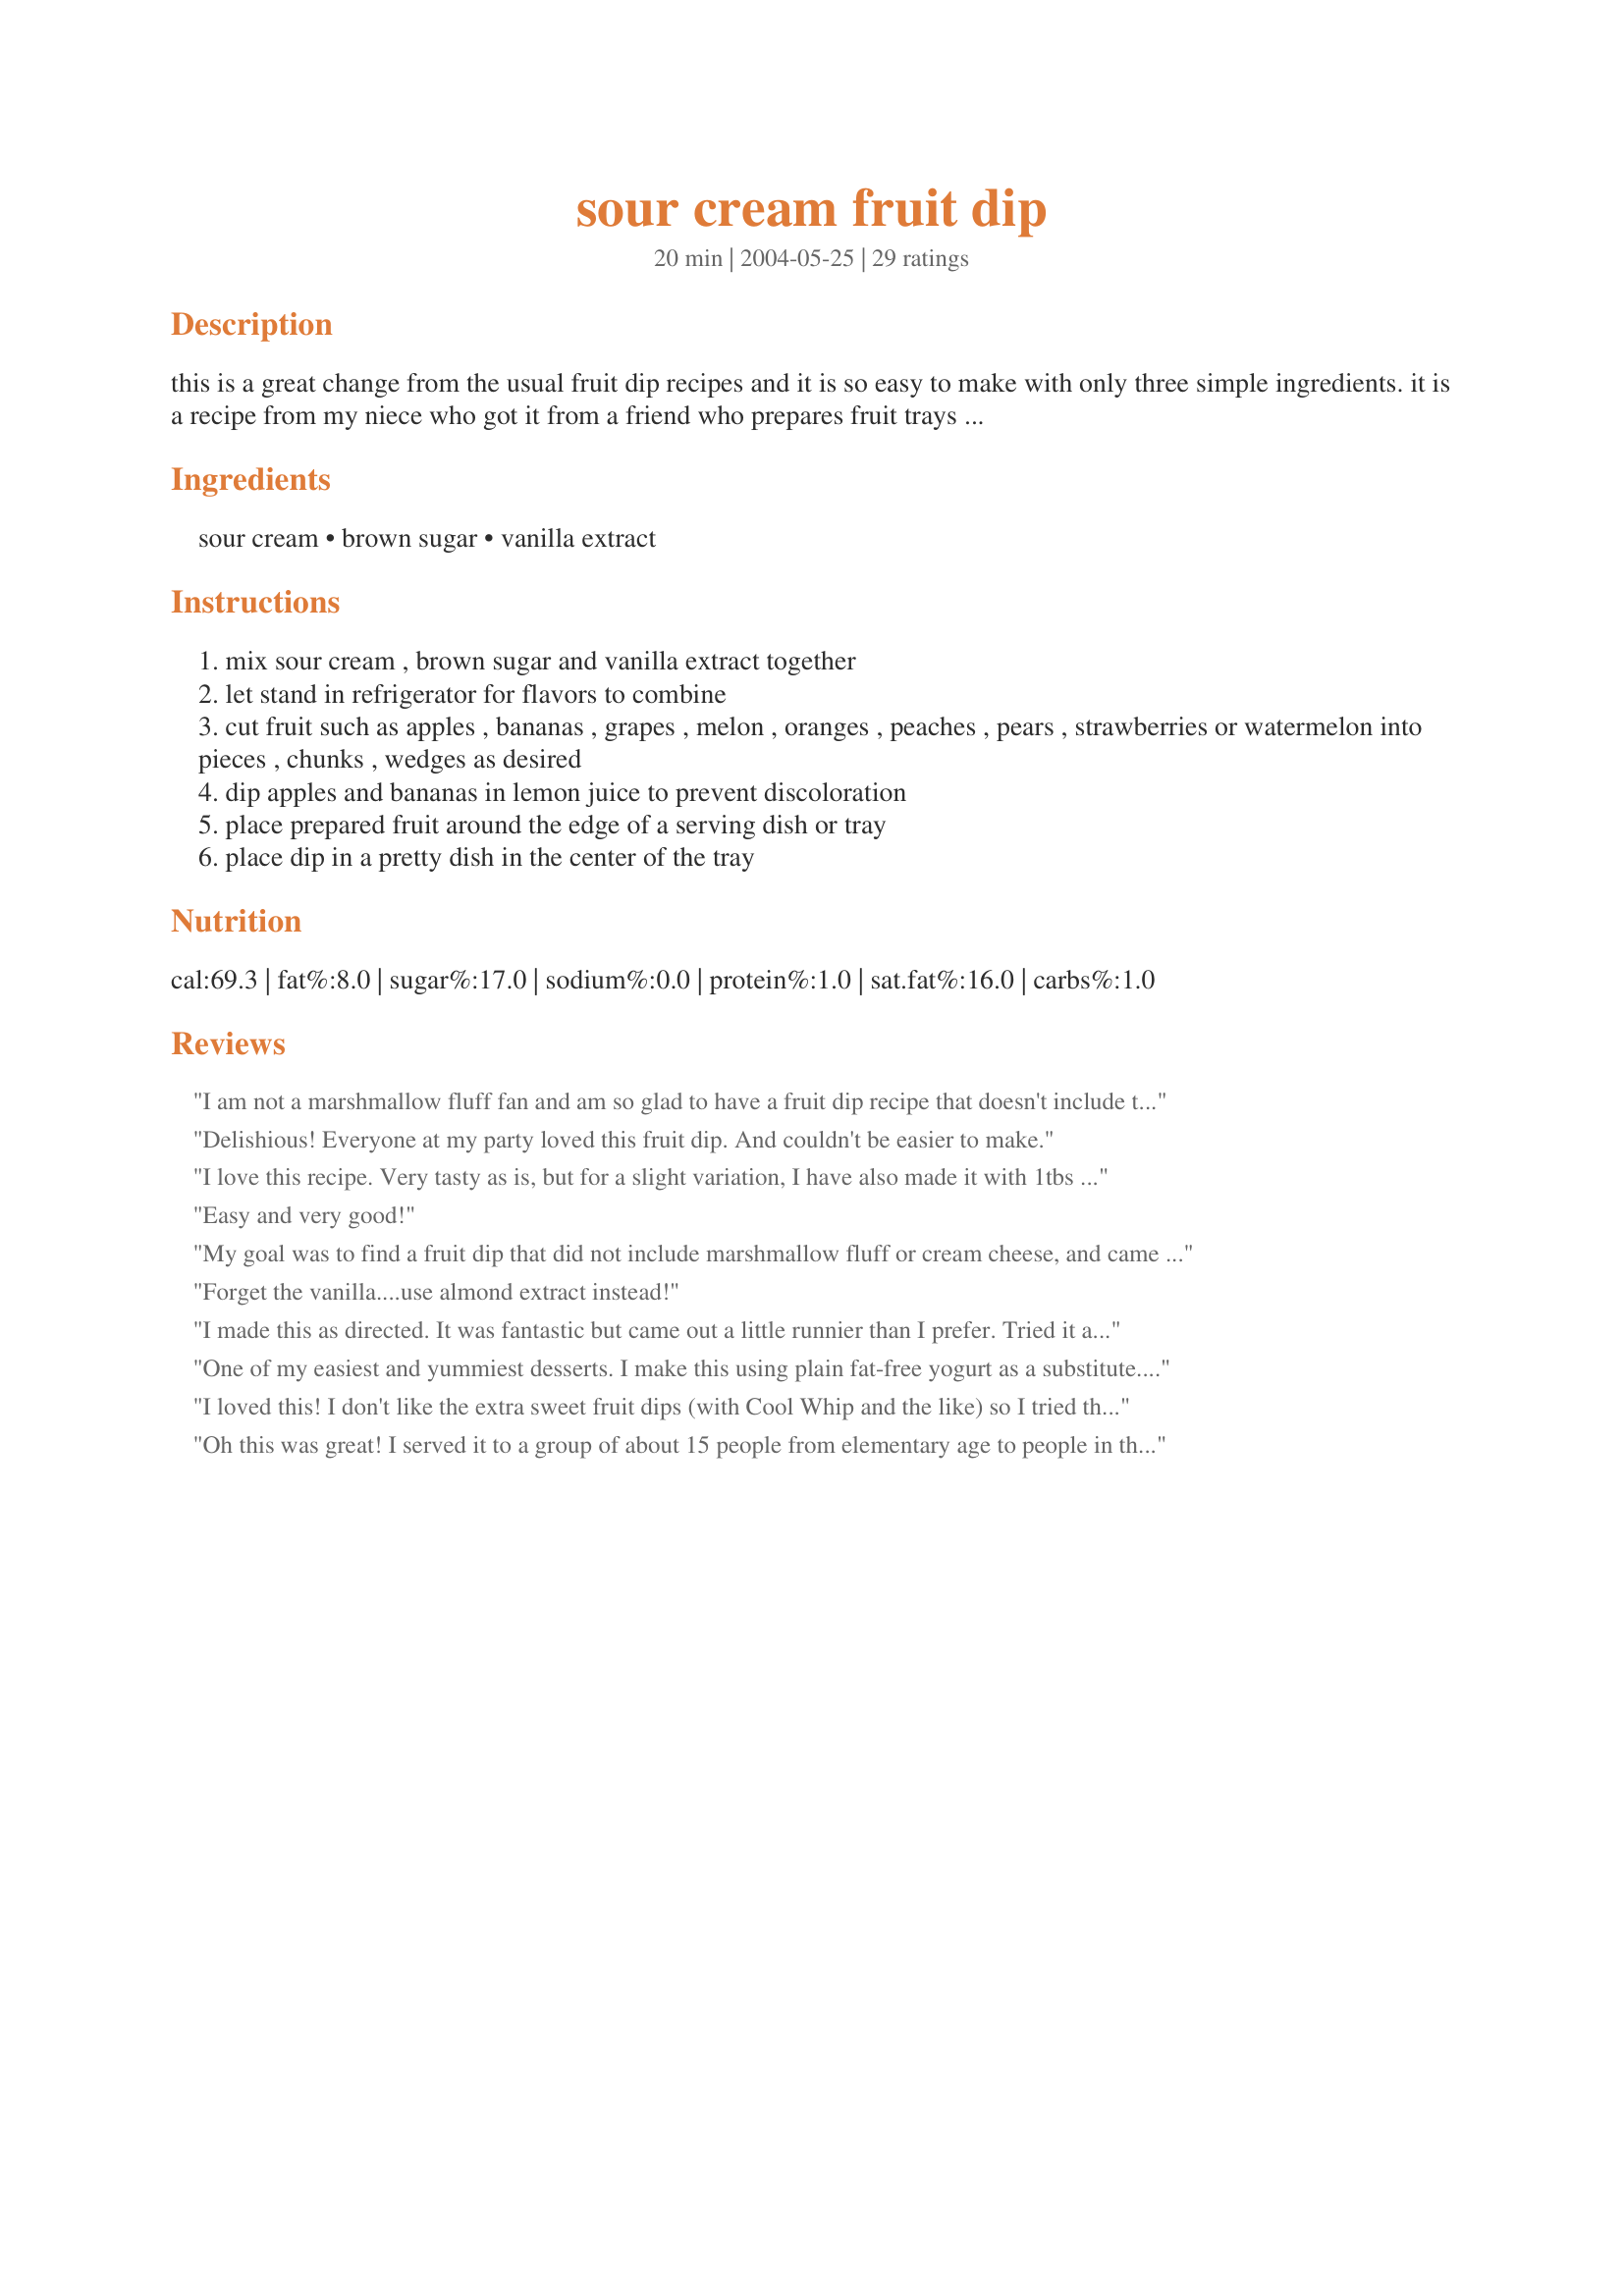
sour cream fruit dip
Preparation time: 20 minutes

this is a great change from the usual fruit dip recipes and it is so easy to make with only three simple ingredients. it is a recipe from my niece who got it from a friend who prepares fruit trays for a major grocery store. the preparation time is an estimate of the time it takes to prepare the fruit.

Ingredients:
sour cream, brown sugar, vanilla extract

Steps:
mix sour cream , brown sugar and vanilla extract together
let stand in refrigerator for flavors to combine
cut fruit such as apples , bananas , grapes , melon , oranges , peaches , pears , strawberries or watermelon into pieces , chunks , wedges as desired
dip apples and bananas in lemon juice to prevent discoloration
place prepared fruit around the edge of a serving dish or tray
place dip in a pretty dish in the center of the tray

Reviews:
I am not a marshmallow fluff fan and am so glad to have a fruit dip recipe that doesn't include that awful stuff. I made skewers of fresh strawberries, pineapple, kiwi and orange segments and placed them around a bowl of this dip on my appetizer buffet. Everyone loved the simplicity. Thanks for posting.
Delishious! Everyone at my party loved this fruit dip. And couldn't be easier to make.
I love this recipe. Very tasty as is, but for a slight variation, I have also made it with 1tbs sugar & a handfull of crushed coconut macaroons through it. Both dips are yumm!!
Easy and very good!
My goal was to find a fruit dip that did not include marshmallow fluff or cream cheese, and came across this one. It was fantastic! I wasn't sure when I first mixed it, but after leaving it in the fridge for a few hours, it was great. It was part of a tropical themed Mother's day dinner and everyone loved it - especially with pineapple. I highly recommend it (our thought was that it would also be great with rum - spiced or coconut - in place of the vanilla, so we'll try that next time.)
Forget the vanilla....use almond extract instead!
I made this as directed. It was fantastic but came out a little runnier than I prefer. Tried it again using 50/50 sour cream/whipped cream cheese to make it thicker. I will be making this on a regular basis. Thanks for posting!
One of my easiest and yummiest desserts. I make this using plain fat-free yogurt as a substitute. We ALL love it:-)
I loved this! I don't like the extra sweet fruit dips (with Cool Whip and the like) so I tried this one. Absolutely my favorite! I made mine ahead of time and let it sit overnight, which I think added toa great end result. Thanks!
Oh this was great! I served it to a group of about 15 people from elementary age to people in their 40's and it was a huge hit! Everyone loved it - even the kids! I used apples, bananas, asian pears, pineapple, mango, and oranges. This could be a snack in itself! Thanks so much!
Very Yummy! Thanks for sharing.
This is deliciously grand. I was given more beautiful strawberries than I know what to do with so I've been dipping away. Iâ€™ve also been dipping the Strawberry bread I just made in this. It's the perfect mix of flavors. I subbed splenda brown sugar. I'm so glad I made this. Thanks for posting.
EXCELLENT! Easy, fast, and didn't overpower the sweetness of the fruit.
Wonderful! I added in a bit of cinnamon and used a bit less brown sugar. The kids and I LOVED it! Next time I'll use honey instead of the brown sugar. Very easy and yummy!
This was alright. I made this with yogurt and halal vanilla paste.
This was sooo good. I, too was looking for a fruit dip without marshmallow cream and cream cheese. Thanks for sharing. I'm taking it to a family dinner and I know there won't be any leftovers.
This was really easy and so tasty! It is different than the normal cream cheese fruit dips I usually make. Thanks for sharing this delicious recipe!
This is so yummy! I can just eat it by itself. It would also work well as a basis for a fruit salad. This recipe is among the best-thank you!
Very good fruit dip. I made this with fat free plain yougurt and it turned out very nice. Will make again!
Please let me give this recipe 10 stars! I was given 4 hours notice of a party and asked to "bring something fruity" if I came. I had just read this recipe the day before. I ran to Jewel, got cut up fruit and the dip ingredients, whipped them together, arranged the fruit and high-tailed it to the party. EVERYONE agreed that it was the "BEST DIP EVER!!!!" and had fun guessing "what" the ingredients to the dip were! The most often guessed one was "caramel" and most commented on how "guilty" they felt eating something so decadent. Ha! The only thing I altered was using Creme Fraiche rather than sour cream because it's just lighter and healthier but Man O' Man, it made a glorious dip! So good that I made it for my own family the next day. THANKS for posting this incredibly simple yet posh recipe; it's a permanent keeper for me!
Tasty dip. I used plain fat free yogurt.
I tried this in January for my 3yr olds b'day, and we've had it many times since :) Its amazing how its so simple, yet so tasty! 
Thank you for sharing
Oh this was so yummy! I added a little extra of vanilla and a few drops of lemon extract. Our guests and us ate nearly the whole lot with fruit for dessert! Wonderful! Thank you for posting your recipe!
I needed a quick dip for fresh fruit at the last minute. I found this recipe and had these ingredients---so simple and made with staples that I keep on hand. It worked great and was good. Thanks for posting this dip recipe!!
So very good!! I opened a can of pineapple chunks, made half a recipe of dip, and it was gone in no time. DH even liked it, and he doesn't like sour cream. Will use this one from now on! Thanks!!
I didn't even let it sit, it was so good right after I mixed it up :)
just threw this together to go with snacks for ladies monday night football!! i used honey instead of brown sugar. tasted fantastic. i popped in the fridge to let the flavors blend all afternoon. this will be a nice addition to my fruit platter!!
Made this for my grandchildren after school snack. I sliced some bananas, fresh strawberries, pineapples and green grapes mixed some of this dip with the fresh fruits...they loved it!
This is a super easy fruit dip to put together. We had it with fresh strawberries and bananas. Thanks for sharing the recipe. :)
I made this for a MOPS meeting and everyone like it. It tasted good with fruit. I made it the night before and let it sit in the fridge. Very easy thanks!
